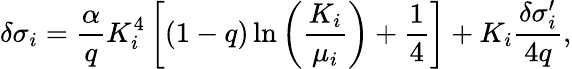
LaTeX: \delta\sigma_{i}={\frac{\alpha}{q}}K_{i}^{4}\left[(1-q)\ln\left({\frac{K_{i}}{\mu_{i}}}\right)+{\frac{1}{4}}\right]+K_{i}{\frac{\delta\sigma_{i}^{\prime}}{4q}},